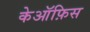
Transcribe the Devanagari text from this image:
केऑफ़िस